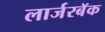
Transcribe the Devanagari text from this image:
लार्जरबॅक